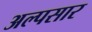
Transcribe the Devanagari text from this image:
अल्पसार